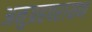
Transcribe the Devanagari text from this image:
अनुग्रहपरायण